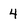
Character: 4